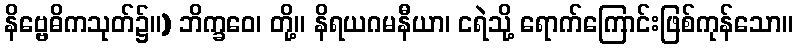
နိဗ္ဗေဓိကသုတ်၌။) ဘိက္ခဝေ၊ တို့။ နိရယဂမနီယာ၊ ငရဲသို့ ရောက်ကြောင်းဖြစ်ကုန်သော။